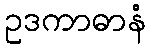
ဥဒကာဓာနံ